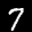
Label: 7